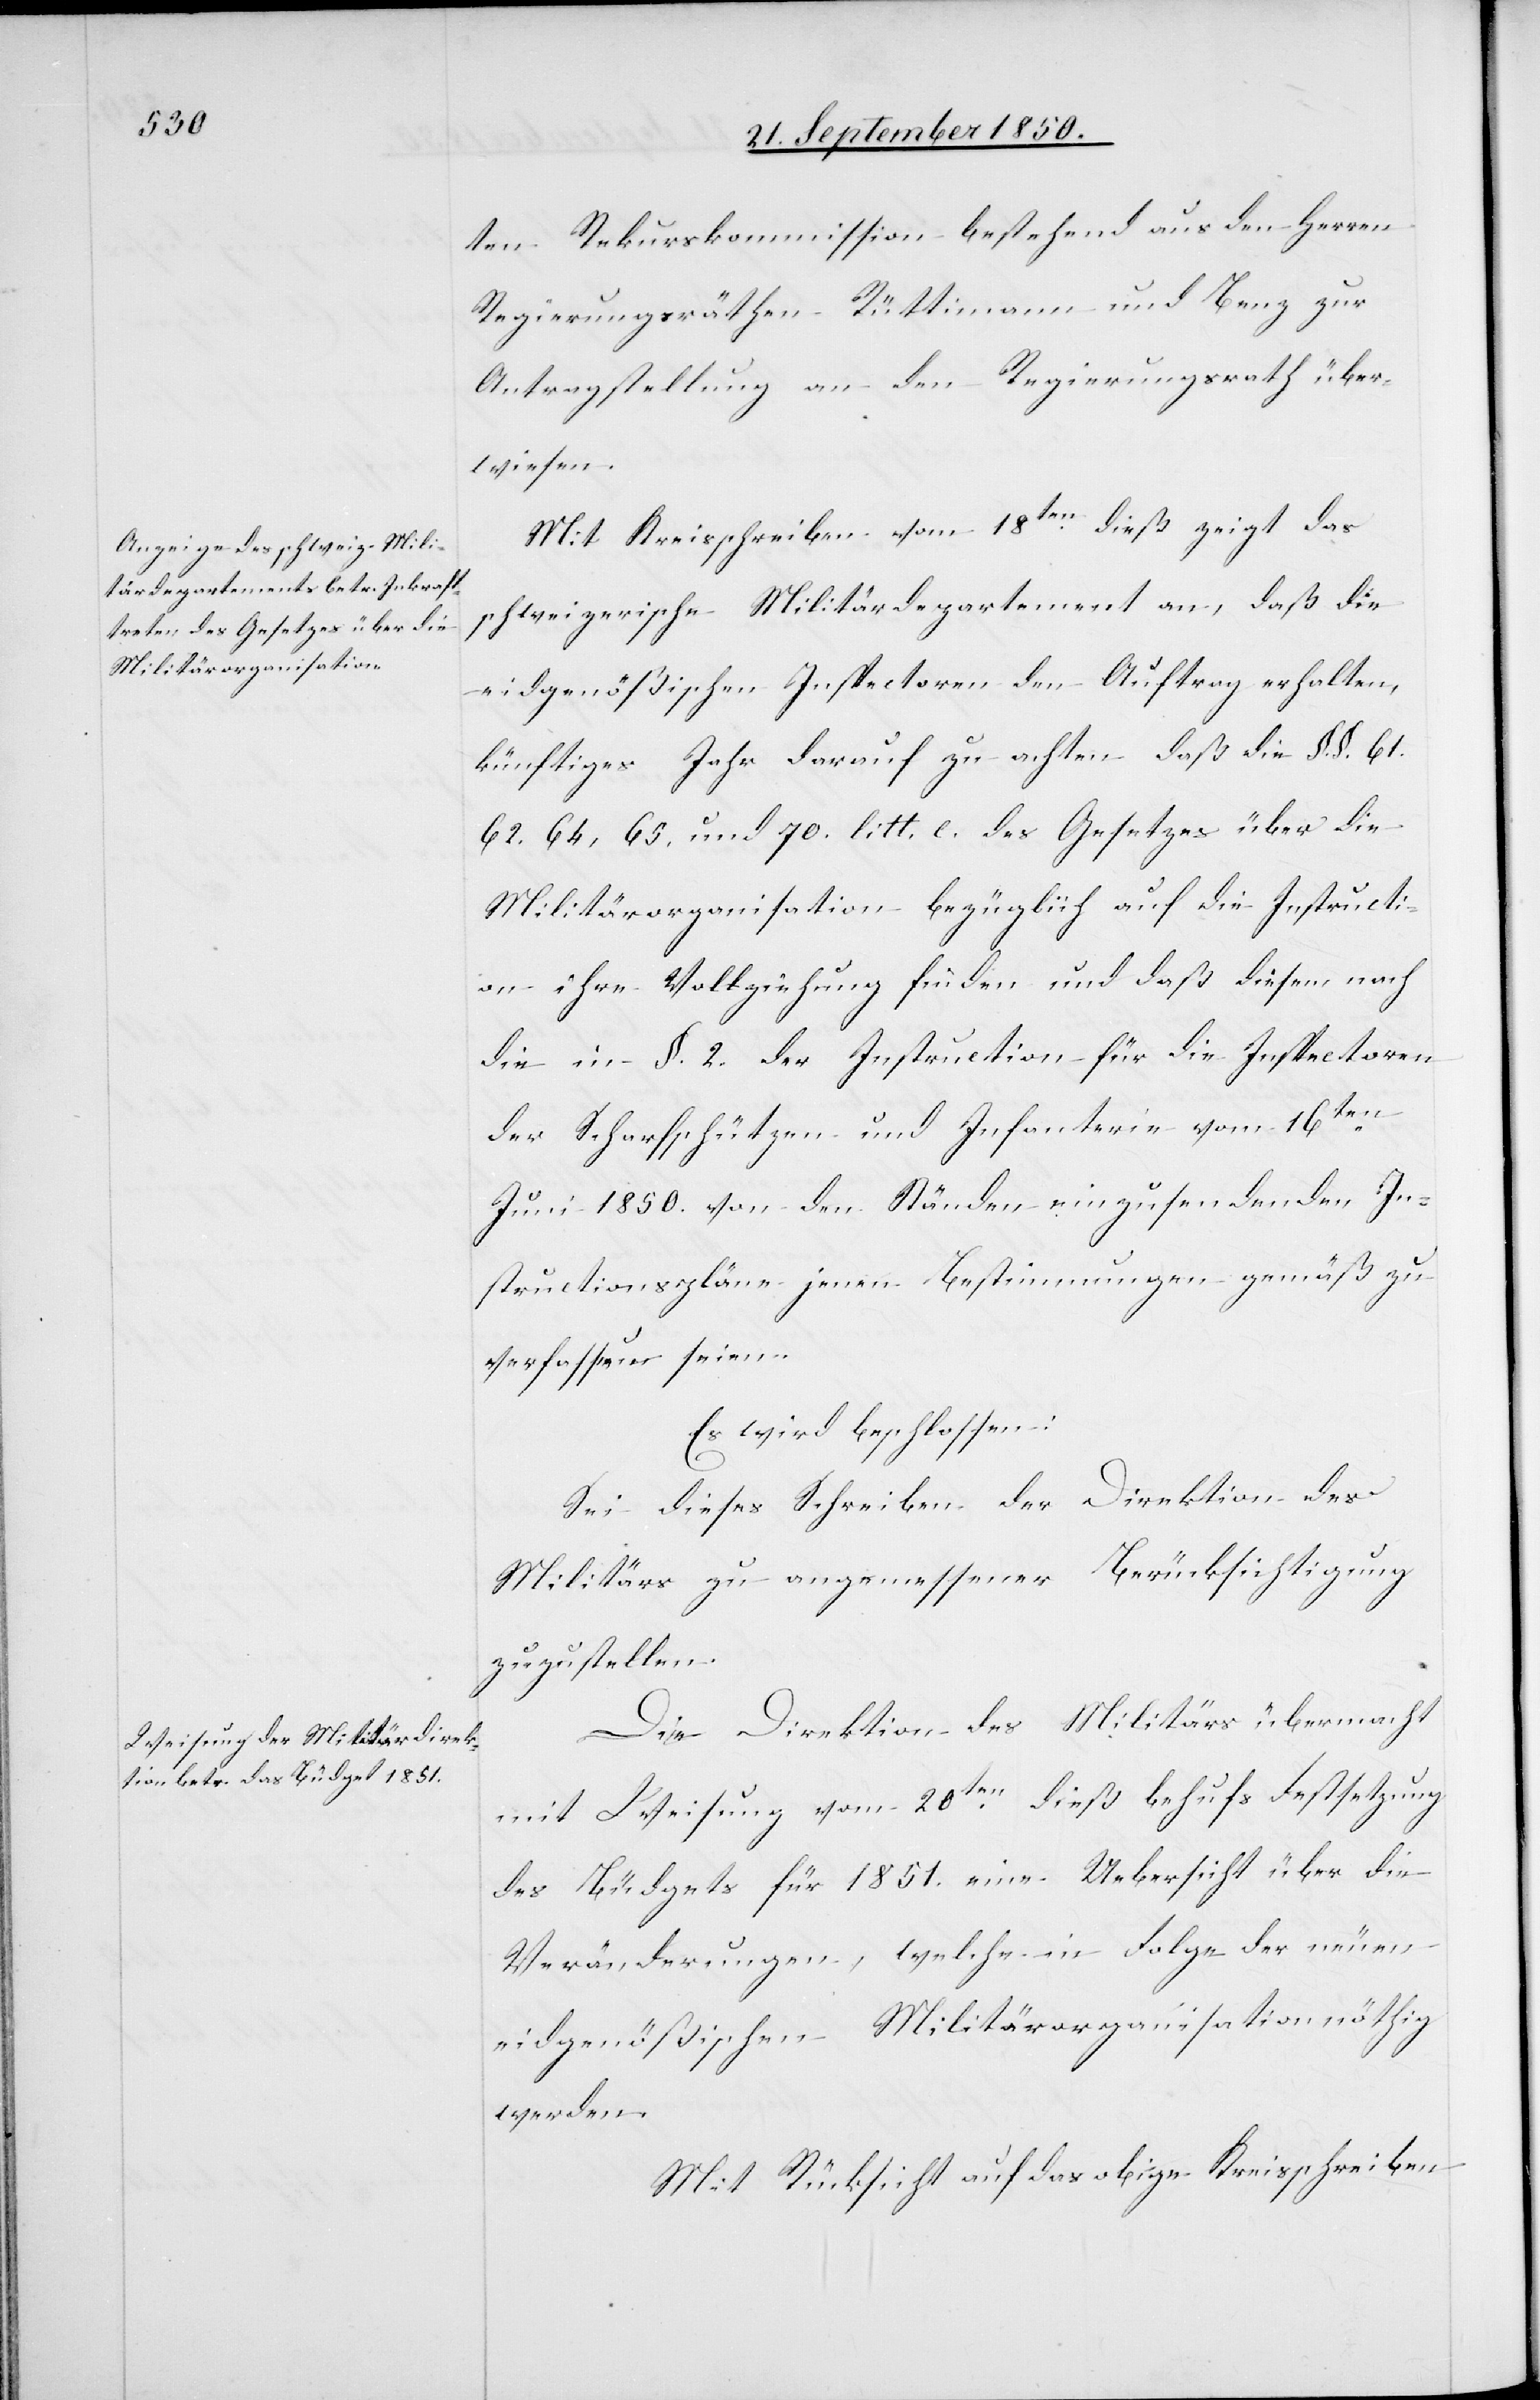
ten Rekurskommission bestehend aus den Herren
Regierungsräthen Rüttimann und Benz zur
Antragstellung an den Regierungsrath über¬
wiesen.
Mit Kreisschreiben vom 18ten dieß zeigt das
schweizerische Militärdepartement an, daß die
eidgenößischen Inspectoren den Auftrag erhalten,
künftiges Jahr darauf zu achten daß die §. §. 61.
62. 64, 65. und 70. litt. [?e.] des Gesetzes über die
Militärorganisation bezüglich auf die Instructi¬
on ihre Vollziehung finden und daß diesem nach
die in §. 2. der Instruction für die Inspectoren
der Scharfschützen und Infanterie vom 16ten
Juni 1850. von den Ständen einzusendenden In¬
structionspläne jenen Bestimmungen gemäß zu
verfassen seien.
Es wird beschlossen:
Sei dieses Schreiben der Direktion des
Militärs zu angemessener Berücksichtigung
zuzustellen.
Die Direktion des Militärs übermacht
mit Weisung vom 20ten dieß behufs Festsetzung
des Büdgets für 1851. eine Uebersicht über die
Veränderungen, welche in Folge der neuen
eidgenößischen Militärorganisation nöthig
werden.
Mit Rücksicht auf das obige Kreisschreiben